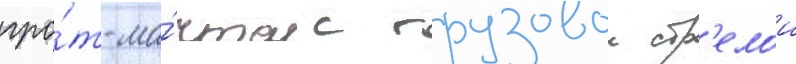
гро́т-ма́чта с грузовои стр'елои